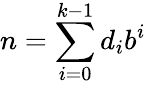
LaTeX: n=\sum_{i=0}^{k-1}d_{i}b^{i}